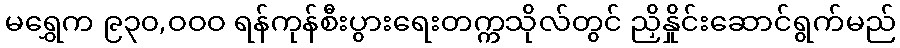
မရွှေက ၉၃၀,ဝဝဝ ရန်ကုန်စီးပွားရေးတက္ကသိုလ်တွင် ညှိနှိုင်းဆောင်ရွက်မည်